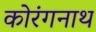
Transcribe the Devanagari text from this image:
कोरंगनाथ